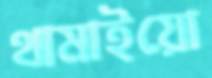
থামাইয়ো